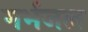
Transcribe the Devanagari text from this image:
गर्भजल